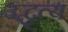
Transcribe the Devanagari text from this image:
उद्धृत्य